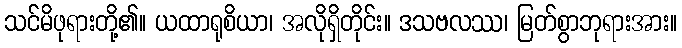
သင်မိဖုရားတို့၏။ ယထာရုစိယာ၊ အလိုရှိတိုင်း။ ဒသဗလဿ၊ မြတ်စွာဘုရားအား။